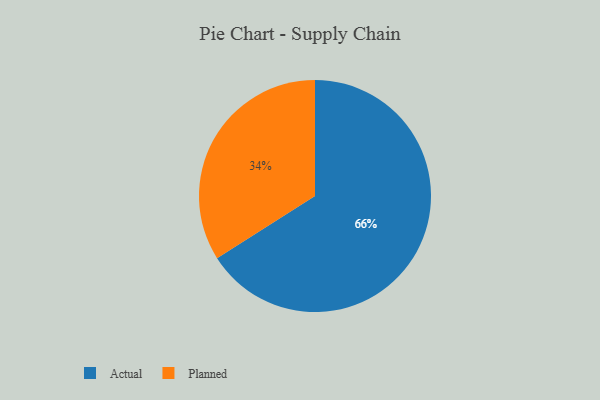
{"axis": {"x": "Category", "y": "Percentage"}, "legend": ["Actual", "Planned"], "data": [{"x": "Planned", "y": 34, "type": "Planned"}, {"x": "Actual", "y": 66, "type": "Actual"}]}